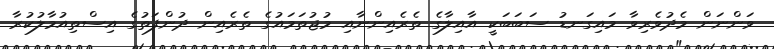
ވަންނަން މެދުވެރިވާ މައިގަނޑު ސަބަބަކީ އާއިލާގެ ތެރެއިންނާއި މުޖުތަމައުގެ ތެރެއިން ދުންފަތުގެ އިސްތިއުމާލުކުރާ